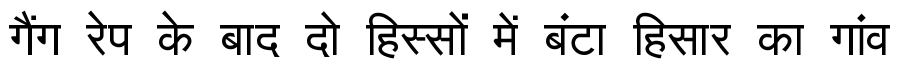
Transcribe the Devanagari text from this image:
गैंग रेप के बाद दो हिस्सों में बंटा हिसार का गांव